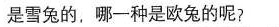
是雪兔的，哪一种是欧兔的呢?